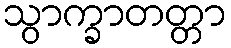
သွာက္ခာတတ္တာ